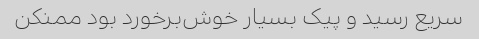
سریع رسید و پیک بسیار خوش‌برخورد بود ممنکن